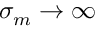
\sigma _ { m } \to \infty